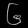
Digit: ၆